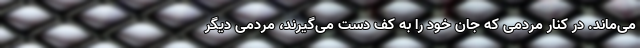
می‌ماند. در کنار مردمی که جان خود را به کف دست می‌گیرند، مردمی دیگر